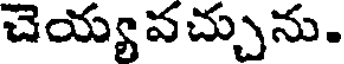
చెయ్యవచ్చును.